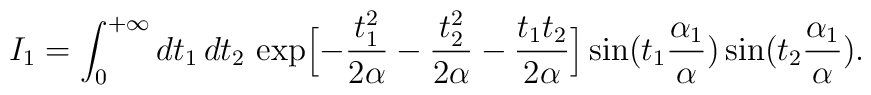
I_1=\int_0^{+\infty}dt_1\,dt_2\,\exp\Bigl[-\frac{t_1^2}{2\alpha}-\frac{t_2^2}{2\alpha}-\frac{t_1t_2}{2\alpha}\Bigr]\sin(t_1\frac{\alpha_1}{\alpha})\sin(t_2\frac{\alpha_1}{\alpha}).